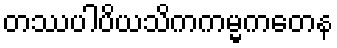
တဿပါပိယသိကကမ္မကတေန